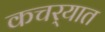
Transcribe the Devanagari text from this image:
कचर्‍यात